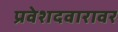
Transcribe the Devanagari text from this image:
प्रवेशदवारावर